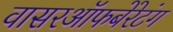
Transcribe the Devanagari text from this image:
वासरऑफबेरेटंग